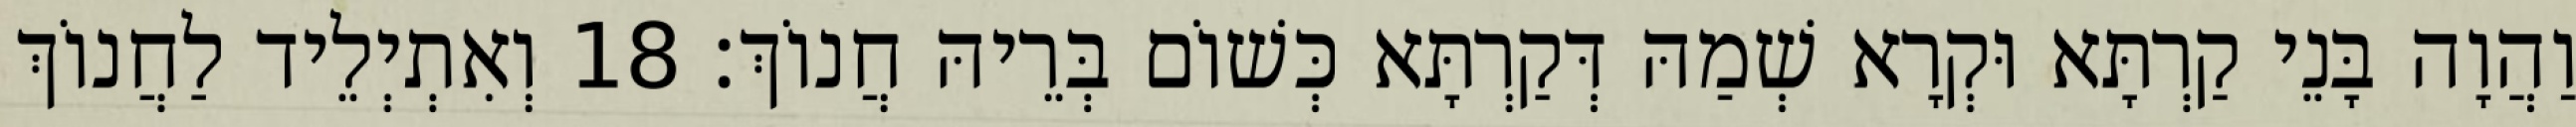
וַהֲוָה בָּנֵי קַרְתָּא וּקְרָא שְׁמַהּ דְּקַרְתָּא כְּשׁוֹם בְּרֵיהּ חֲנוֹךְ׃ 18 וְאִתְיְלֵיד לַחֲנוֹךְ